Report on sanitation, dispensaries, and jails in Rajputana for 1921, and on vaccination for the year 1921-1922 - 1921-1922
Year: 1921
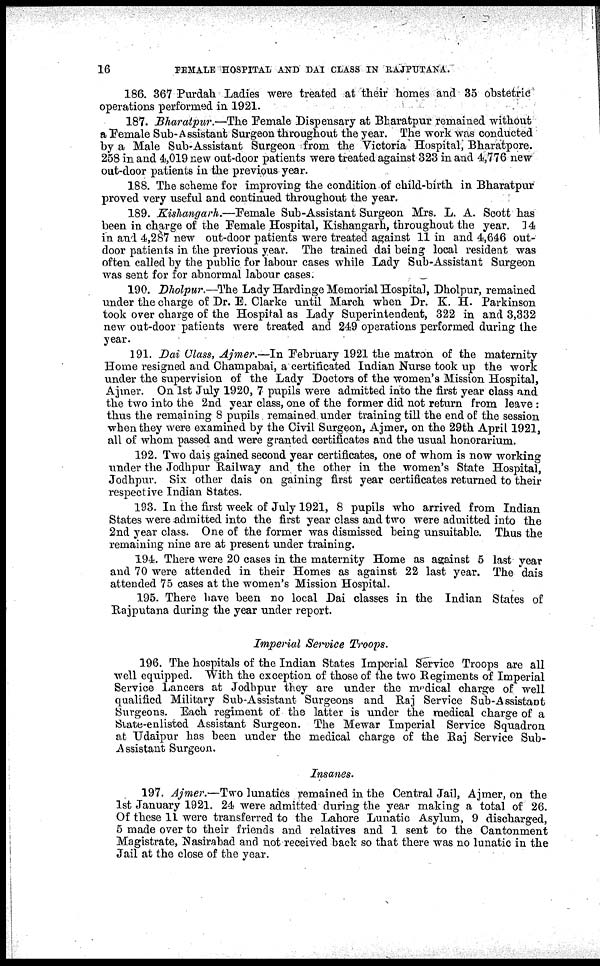
16
FEMALE HOSPITAL AND DAI CLASS IN RAJPUTANA.
186. 367 Purdah Ladies were treated at their homes and 35 obstetric
operations performed in 1921.
187. Bharatpur.—The Female Dispensary at Bharatpur remained without
a Female Sub-Assistant Surgeon throughout the year. The work was conducted
by a Male Sub-Assistant Surgeon from the Victoria Hospital, Bharatpore.
258 in and 4,019 new out-door patients were treated against 323 in and 4,776 new
out-door patients in the previous year.
188. The scheme for improving the condition of child-birth in Bharatpur
proved very useful and continued throughout the year.
189. Kishangarh.—Female Sub-Assistant Surgeon Mrs. L. A. Scott has
been in charge of the Female Hospital, Kishangarh, throughout the year. 14
in and 4,287 new out-door patients were treated against 11 in and 4,646 out-
door patients in the previous year. The trained dai being local resident was
often called by the public for labour cases while Lady Sub-Assistant Surgeon
was sent for for abnormal labour cases.
_
190. Dholpur.—The Lady Hardinge Memorial Hospital, Dholpur, remained
under the charge of Dr. E. Clarke until March when Dr. K. H. Parkinson
took over charge of the Hospital as Lady Superintendent, 322 in and 3,332
new out-door patients were treated and 249 operations performed during the
year.
191. Dai Class, Ajmer.—In February 1921 the matron of the maternity
Home resigned and Champabai, a certificated Indian Nurse took up the work
under the supervision of the Lady Doctors of the women's Mission Hospital,
Ajmer. On 1st July 1920, 7 pupils were admitted into the first year class and
the two into the 2nd year class, one of the former did not return from leave :
thus the remaining 8 pupils remained under training till the end of the session
when they were examined by the Civil Surgeon, Ajmer, on the 29th April 1921,
all of whom passed and were granted certificates and the usual honorarium.
192. Two dais gained second year certificates, one of whom is now working
under the Jodhpur Railway and the other in the women's State Hospital,
Jodhpur. Six other dais on gaining first year certificates returned to their
respective Indian States.
193. In the first week of July 1921, 8 pupils who arrived from Indian
States were admitted into the first year class and two were admitted into the
2nd year class. One of the former was dismissed being unsuitable. Thus the
remaining nine are at present under training.
194. There were 20 cases in the maternity Home as against 5 last year
and 70 were attended in their Homes as against 22 last year. The dais
attended 75 cases at the women's Mission Hospital.
195. There have been no local Dai classes in the Indian States of
Rajputana during the year under report.
Imperial Service Troops.
196. The hospitals of the Indian States Imperial Service Troops are all
well equipped. With the exception of those of the two Regiments of Imperial
Service Lancers at Jodhpur they are under the medical charge of well
qualified Military Sub-Assistant Surgeons and Raj Service Sub-Assistant
Surgeons. Each regiment of the latter is under the medical charge of a
State-enlisted Assistant Surgeon. The Mewar Imperial Service Squadron
at Udaipur has been under the medical charge of the Raj Service Sub-
Assistant Surgeon.
Insanes.
197. Ajmer.—Two lunatics remained in the Central Jail, Ajmer, on the
1st January 1921. 24 were admitted during the year making a total of 26.
Of these 11 were transferred to the Lahore Lunatic Asylum, 9 discharged,
5 made over to their friends and relatives and 1 sent to the Cantonment
Magistrate, Nasirabad and not received back so that there was no lunatic in the
Jail at the close of the year.